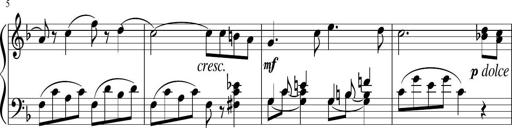
Title: 3 Sonatinen
Composer: Heinrich Lichner